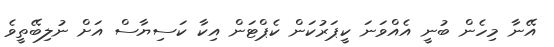
އޭނާ މިހެން ބުނީ އެއްވަނަ ކީޕަރުކަން ކެޕްޓަން އިކާ ކަސިޔާސް އަށް ނުލިބޭތީވެ